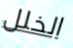
الخلل